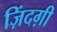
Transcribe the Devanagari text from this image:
ज़िंदग़ी